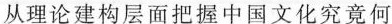
从理论建构层面把握中国文化究竟何